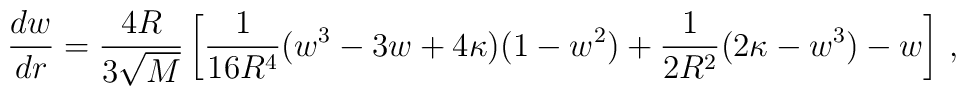
\frac{d w}{d r} = \frac{4 R}{3\sqrt{M}}\left[ \frac{1}{16 R^4}(w^3-3w+4\kappa)(1-w^2) + \frac{1}{2 R^2}(2\kappa-w^3) - w\right]\,,